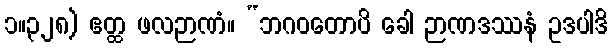
၁။၃၂၈) ဧတ္ထ ဖလဉာဏံ။ “ဘဂဝတောပိ ခေါ ဉာဏဒဿနံ ဥဒပါဒိ